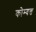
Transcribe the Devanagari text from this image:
कोम्वत्त